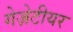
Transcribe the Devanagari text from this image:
गेज़ेटीयर